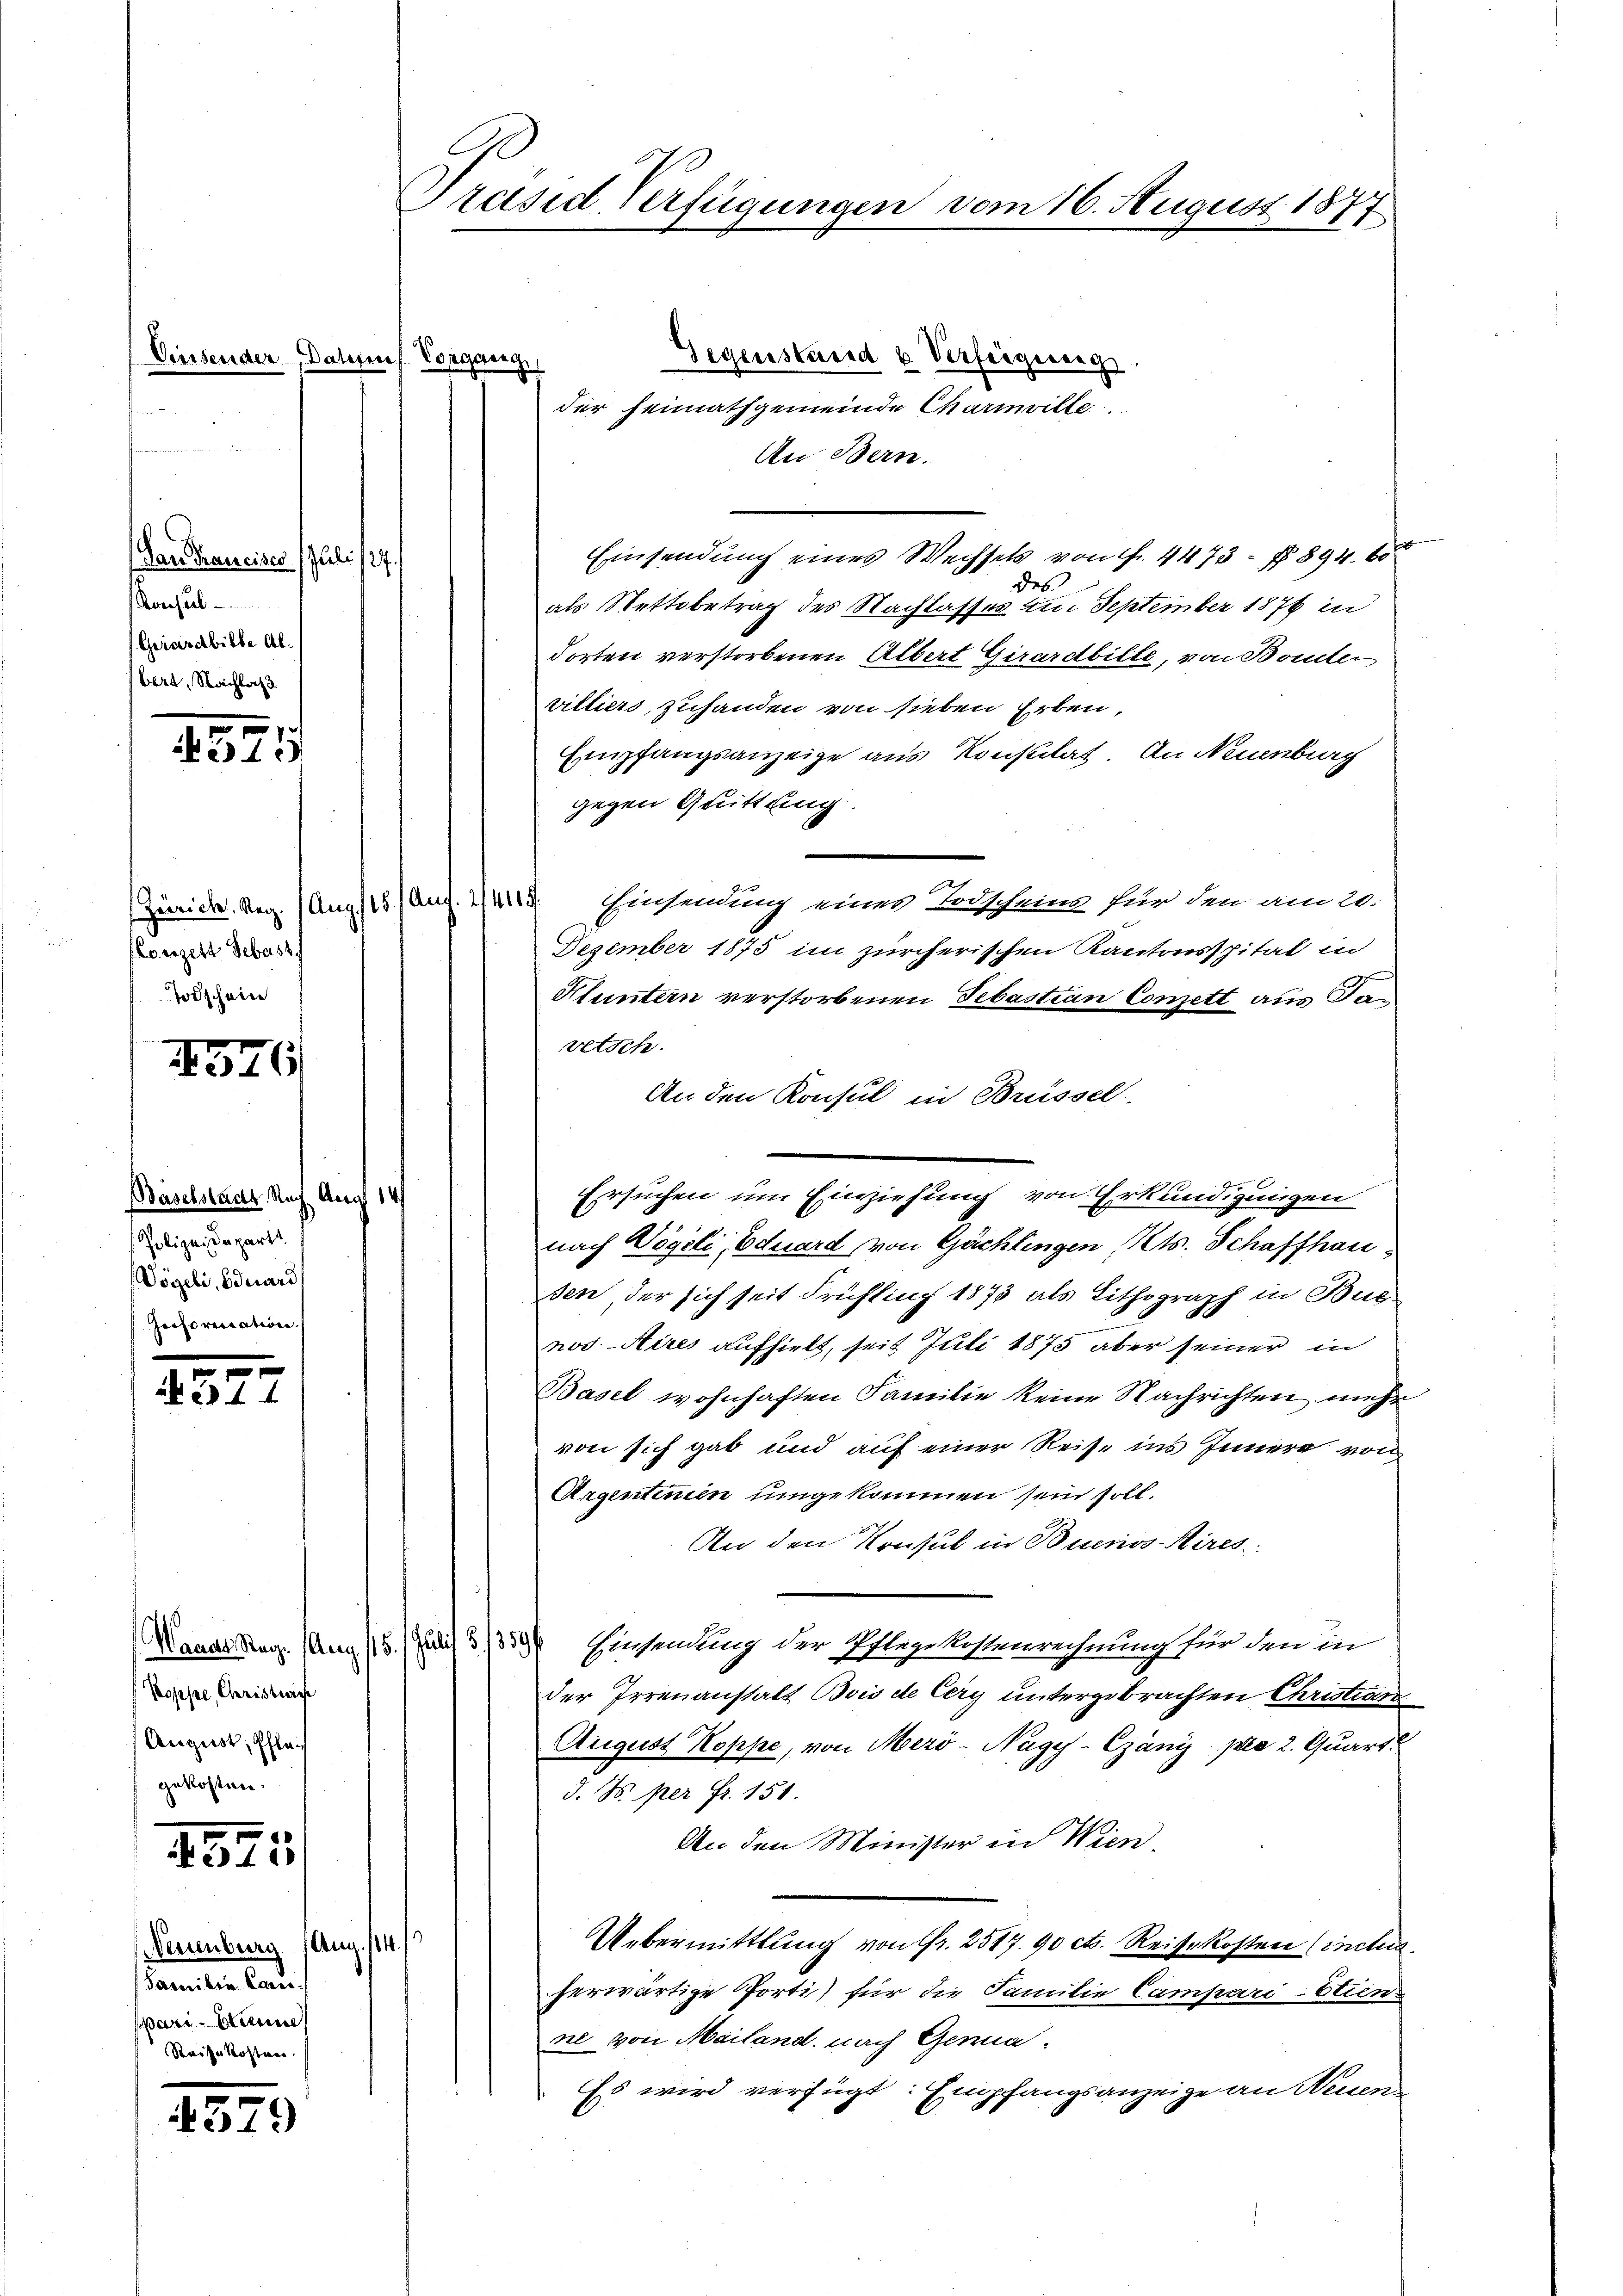
f

Einsender Dahres Vorgang

Dan Traueises Juli
Konsul
Chiarabille Al.
bert, Nachlas

1525

1576

e
2)4 4

(Koppe, Christlich
August, Pflas
gekosten.
4541

(Neuenburg (Aug. 114. /
Familie Land
pari-Strenne
Reisekosten

4379

Conzelt Sebast
Todschein

Baselstadt Rach Aust 14/
Polizeidepart.
Vögeli, Eduard
Greforication

Präsid Verfügungen vom 16. August 1877

Gegenstand u Verfeigung.
der Heimathgemeinde Charmville.
An Bern.
Einsendung eines Wechsels von Fr. 4473- § 894. 600
1
des
als Stettobetrag des Nachlasses im September 1876 in
dorten verstorbenen Albert Girardbille, von Bonder
villiers, zuhanden von sieben Erben,
Empfangsanzeige aus Konstilat. An Neuenburg
gegen Quittung.
Zürich. Reg. Aug. 1131 Aug. 1419. Einsendung eines Todschein für den am 20.
Dezember 1875 im zürcherischen Kantonsspital in
Kluntern verstorbenen Sebastian Conzett aus Tan
vetsch.
An den Konsul in Brüssel
nach Vögeli, Eduard von Gächlingen (Cts. Schaffhau
sen der sich seit Frühling 1873 als Lithograph in Budnos Aires aufhielt, seit Juli 1875 aber seiner in
Basel wohnhaften Familie keine Nachrichten mehr
von sich gab und auf einer Reise ins Innern von
Argentenen umgekommen sein soll.
An den Konsul in Buenos Aires.
Macartag (Ang 15. Juli) 3/330 Einsendung der Pflegekostenrechnung für den in
der Irrenanstalt Bois de Cery untergebrachten Christian
August Koppe, von Meri-Nagy-Csány pro 2. Quart
d. N. per Fr. 151.
An den Minister in Wien.
Uebermittlung von Fr. 2517. 90 cts. Reisekosten (inclus
herwärtige Porti) für die Familie Campari-Etien
ne von Mailand, nach Genua¬
Es wird verfügt: Empfangsanzeige an Neuen

Ersuchen um Einziehung von Erkundigungen